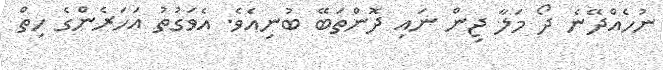
ނުހެއްދޭނެ ދޯ މަލާ ޖިން ނައި ދޮންތަބޭ ބުނިއެވެ. އެވަގުތު އަހަރެންގެ ހިތް